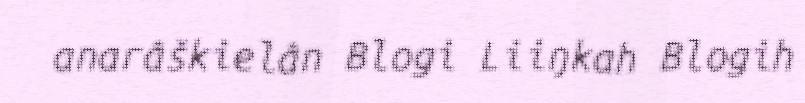
anarâškielân Blogi Liiŋkah Blogih